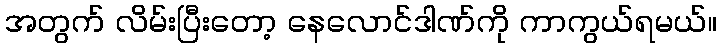
အတွက် လိမ်းပြီးတော့ နေလောင်ဒါဏ်ကို ကာကွယ်ရမယ်။